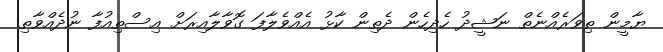
ޔާމީން ތިވަރެއްނެތް ނަޝީދު ހެދިހެން ދެތިން ކާޅު އެއްވެލާފަ ގޮވާލާއިރަށް އިސްތިއުފާ ނުދެއްވާތި.